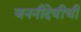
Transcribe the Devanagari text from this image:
जननीदेवीची